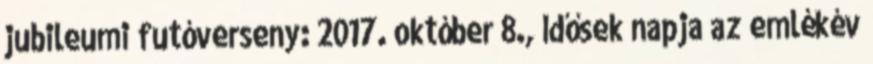
jubileumi futóverseny: 2017. október 8., Idősek napja az emlékév